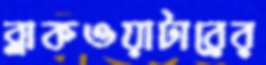
ব্লাকওয়াটারের